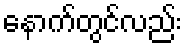
နောက်တွင်လည်း